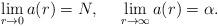
LaTeX: \begin{align*}\lim_{r \rightarrow 0}a(r) = N,\:\:\:\:\:\:\lim_{r \rightarrow \infty}a(r) = \alpha .\end{align*}